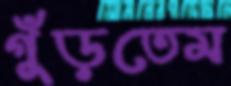
গুঁড়তেম